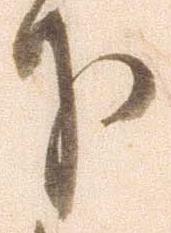
下